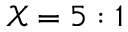
\mathcal { X } = 5 : 1